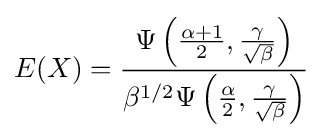
E(X)={\frac {\Psi \left({\frac {\alpha +1}{2}},{\frac {\gamma }{\sqrt {\beta }}}\right)}{\beta ^{1/2}\Psi \left({\frac {\alpha }{2}},{\frac {\gamma }{\sqrt {\beta }}}\right)}}